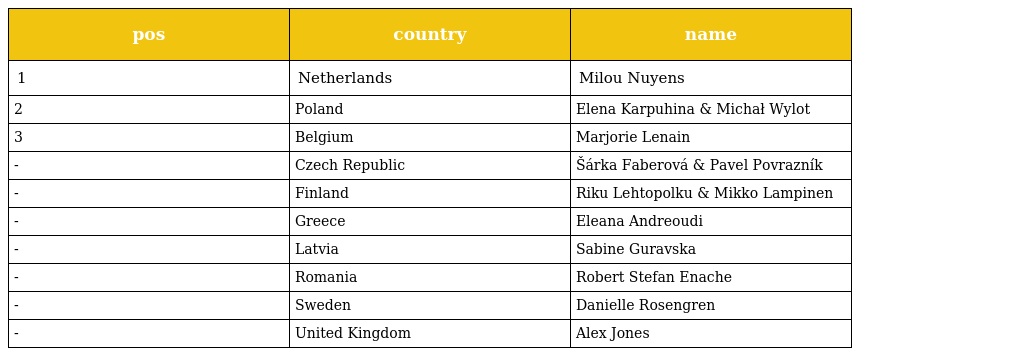
| pos | country | name |
 | --- | --- | --- |
 | 1 | Netherlands | Milou Nuyens |
 | 2 | Poland | Elena Karpuhina & Michał Wylot |
 | 3 | Belgium | Marjorie Lenain |
 | - | Czech Republic | Šárka Faberová & Pavel Povrazník |
 | - | Finland | Riku Lehtopolku & Mikko Lampinen |
 | - | Greece | Eleana Andreoudi |
 | - | Latvia | Sabine Guravska |
 | - | Romania | Robert Stefan Enache |
 | - | Sweden | Danielle Rosengren |
 | - | United Kingdom | Alex Jones |